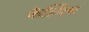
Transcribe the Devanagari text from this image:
केल्पिस